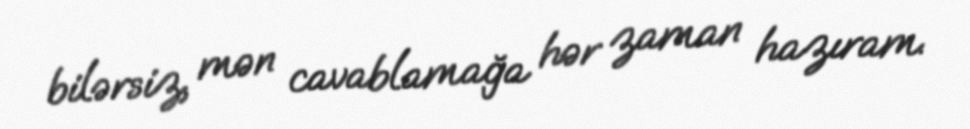
bilərsiz, mən cavablamağa hər zaman hazıram.